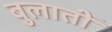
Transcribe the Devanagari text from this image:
बुलातीं